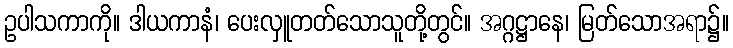
ဥပါသကာကို။ ဒါယကာနံ၊ ပေးလှူတတ်သောသူတို့တွင်။ အဂ္ဂဋ္ဌာနေ၊ မြတ်သောအရာ၌။